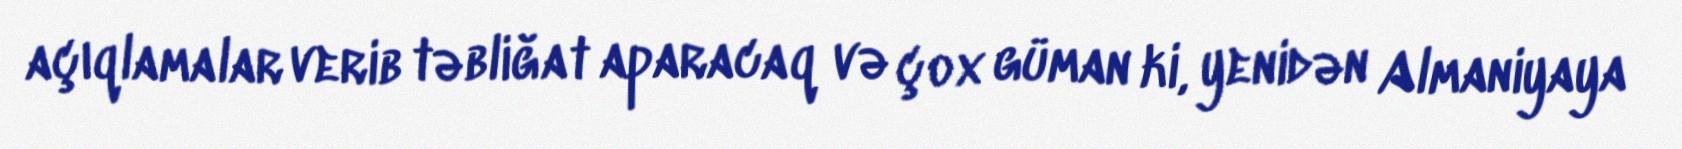
açıqlamalar verib təbliğat aparacaq və çox güman ki, yenidən Almaniyaya